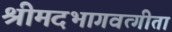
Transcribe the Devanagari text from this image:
श्रीमदभागवत्गीता